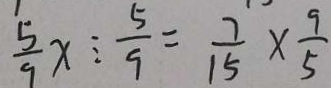
\frac { 5 } { 9 } x : \frac { 5 } { 9 } = \frac { 7 } { 1 5 } \times \frac { 9 } { 5 }